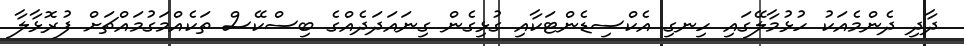
ދާދި ދެންމެއަކު ހުޅުމާލޭގައި ހިނގި އެކްސިޑެންޓަކާއި ގުޅިގެން ގިނައަދަދެއްގެ ބިސްކޭސް ތަކެއްމަގުމައްޗަށް ފުރޮޅާލާ